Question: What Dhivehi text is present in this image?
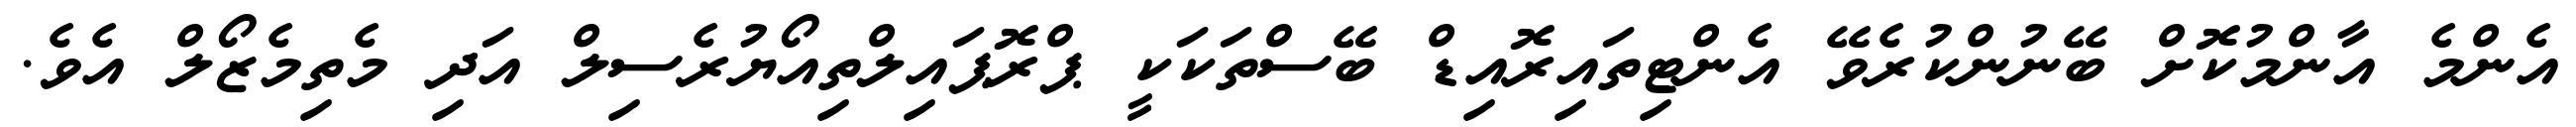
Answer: އެންމެ އާންމުކޮށް ބޭނުންކުރެވޭ އެންޓިތައިރޮއިޑް ބޭސްތަކަކީ ޕްރޮޕައިލްތިއޯޔުރެސިލް އަދި މެތިމެޒޯލް އެވެ.